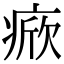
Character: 𤷓